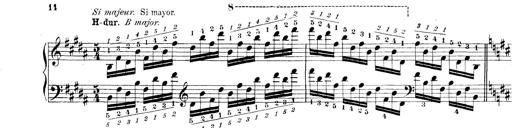
Title: Technische Studien
Composer: Franz Liszt